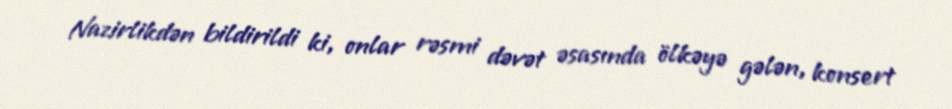
Nazirlikdən bildirildi ki, onlar rəsmi dəvət əsasında ölkəyə gələn, konsert